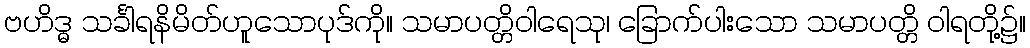
ဗဟိဒ္ဓ သင်္ခါရနိမိတ်ဟူသောပုဒ်ကို။ သမာပတ္တိဝါရေသု၊ ခြောက်ပါးသော သမာပတ္တိ ဝါရတို့၌။